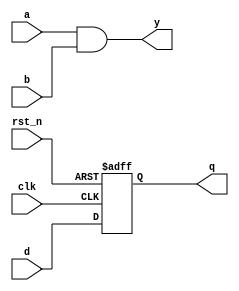
module event_control_example (
    input wire clk,        // Clock input
    input wire rst_n,     // Active low reset
    input wire d,         // Data input for D flip-flop
    input wire a,         // First input for combinational logic
    input wire b,         // Second input for combinational logic
    output reg q,         // Output from D flip-flop
    output reg y          // Output from combinational logic
);

// Sequential logic: D flip-flop
always @ (posedge clk or negedge rst_n) begin
    if (!rst_n) begin
        q <= 1'b0;      // Reset output to 0
    end else begin
        q <= d;         // Capture data input on rising edge of clock
    end
end

// Combinational logic: 2-input AND gate
always @ (a or b) begin
    y = a & b;           // Compute y as the AND of a and b
end

endmodule